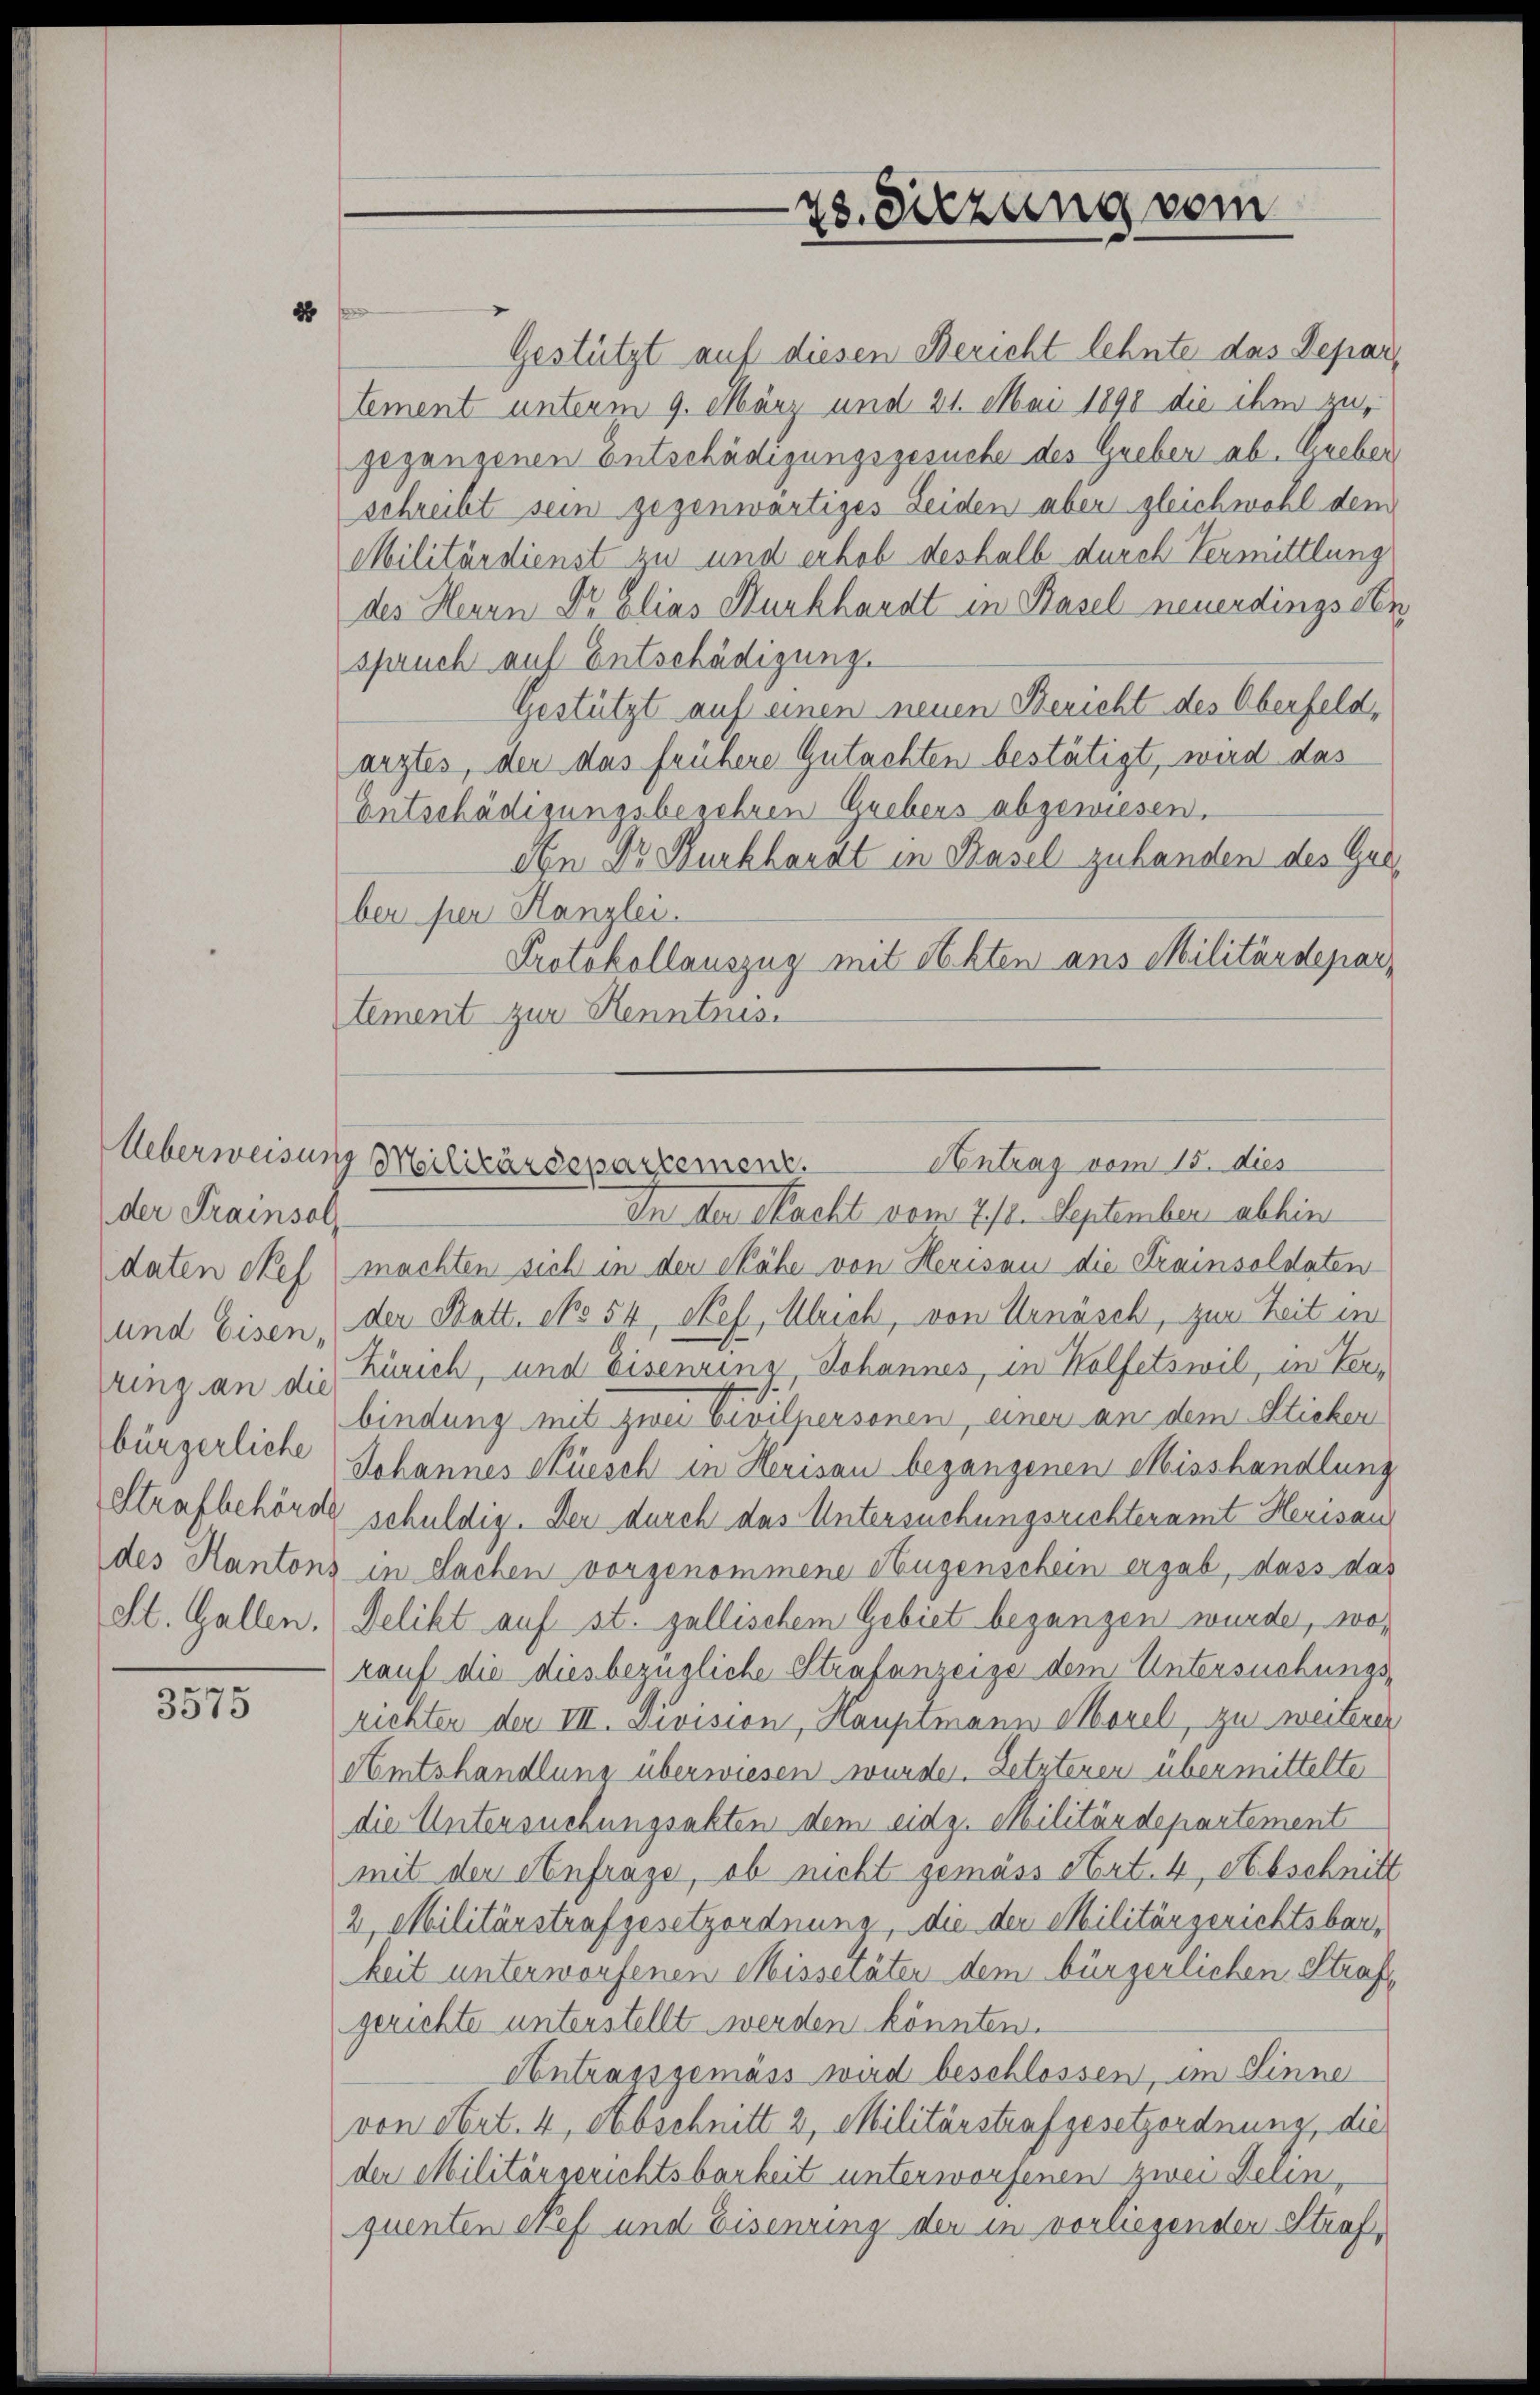
der Frainsol
daten des
bürgerliche
St. Gallen.

3575

88

78. Sitzung vom

Gestützt auf diesen Bericht lehnte das Departement unterm 9. März und 21. Mai 1890 die ihm zu,
gegangenen Entschädigungsgesuche des Greber ab. Greber
schreibt sein gegenwärtiges Leiden aber gleichwohl dem
Militärdienst zu und erhob deshalb durch Vermittlung
des Herrn Dr Elias Burkhardt in Basel neuerdings den
spruch auf Entschädigung.
Gestützt auf einen neuen Bericht des Oberfeld,
arztes, der das frühere Gutachten bestätigt, wird das
Entschädigungsbegehren Grebers abgewiesen.
An Dr. Burkhardt in Basel zu handen des Gesber per Kanzlei.
Protokollauszug mit Akten ans Militärdepartement zur Kenntnis.

In der Nacht vom 21/2. September abhin
machten sich in der Skähe von Herisau die Trainsoldaten
und Eisen, der Batt. No 54, Nef, Ulrich, von Urnäsch, zur Zeit in
ring an die Zürich, und Eisenrinz, Johannes, in Wolfetswil, in Verbindung mit zwei Civilpersonen, einen an dem Sticken
Johannes Süesch in Herisau begangenen Misshandlung
Strafbehörde schuldig. Der durch das Untersuchungsrichteramt Herisau
des Kantons in Sachen vorgenommene Hugenschein ergab, dass das
Delikt auf st. gallischem Gebiet begangen wurde, wos
kauf die diesbezügliche Strafanzeige dem Untersuchungs-
richten der VII. Division, Hauptmann Morel, zu weiterer
Amtshandlung überwiesen wurde. Letzteren übermittelte
die Untersuchungsabten dem eidg. Militärdepartement
mit der Anfrage, ob nicht gemäss Art. 4, Abschnitt
2 Militärstrafgesetzordnung, die der Militärgerichtsbar,
keit unterworfenen Missetäten dem bürgerlichen Strafgerichte unterstellt werden könnten.
Antragsgemäss wird beschlossen, im Sinne
von Art. 4, Abschnitt 2 Militärstrafgesetzordnung, die
der Militärgerichtsbarkeit unterworfenen zwei Delin,
quenten Nef und Eisenring der in vorliegenden Straf¬

Ueberweisung Meilitärdepartement.
Antrag vom 15. dies